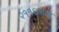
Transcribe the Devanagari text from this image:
२११६आय